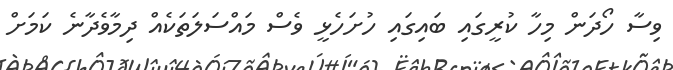
ވިސާ ހޯދަން މިހާ ކުރީގައި ބައިގައި ހުށަހެޅީ ވެސް މައްސަލަތަކެއް ދިމާވެދާނެ ކަމަށް